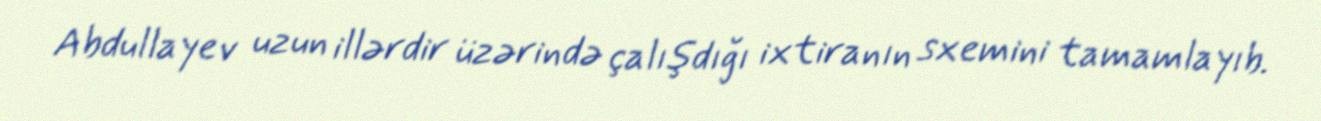
Abdullayev uzun illərdir üzərində çalışdığı ixtiranın sxemini tamamlayıb.